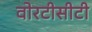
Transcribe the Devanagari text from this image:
वोरटीसीटी